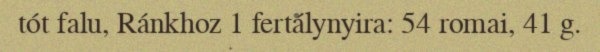
tót falu, Ránkhoz 1 fertálynyira: 54 romai, 41 g.